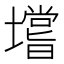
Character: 𰊺